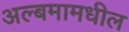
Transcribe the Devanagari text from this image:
अल्बमामधील